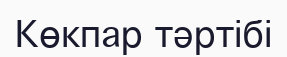
Көкпар тәртібі